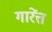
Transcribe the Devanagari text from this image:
गारेंत्त